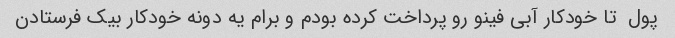
پول  تا خودکار آبی فینو رو پرداخت کرده بودم و برام یه دونه خودکار بیک فرستادن